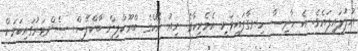
އުފުލައިފައެވެ. އެ ހާދިސާ ހިނގާފައިވަނީ އެމެރިކާގެ ނިއު ޔޯކްގެ ބްރޫކްލިން ބާކްލޭސް ސެންޓަރުގައިކަމަށް